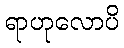
ရာဟုလောပိ